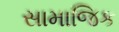
સામાજિક